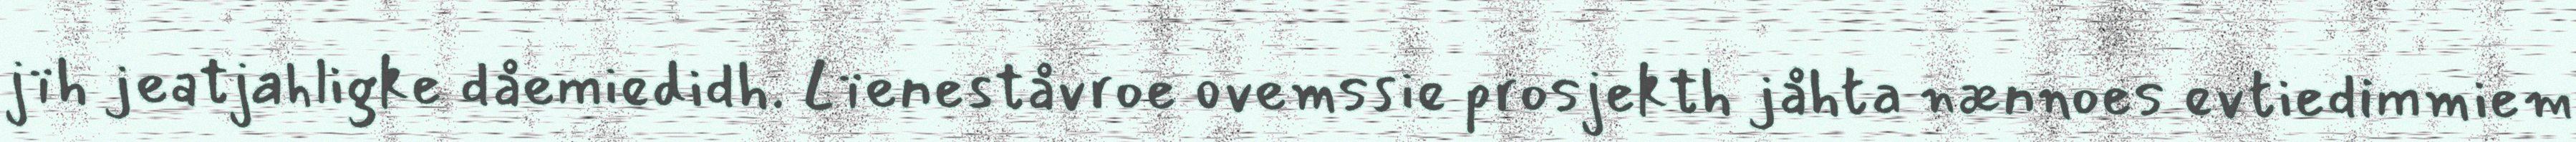
jïh jeatjahligke dåemiedidh. Lïeneståvroe ovemssie prosjekth jåhta nænnoes evtiedimmiem